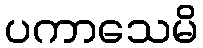
ပကာသေမိ